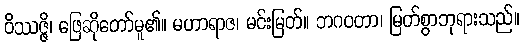
ဝိဿဇ္ဇိ၊ ဖြေဆိုတော်မူ၏။ မဟာရာဇ၊ မင်းမြတ်။ ဘဂဝတာ၊ မြတ်စွာဘုရားသည်။